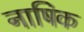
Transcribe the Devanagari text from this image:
नाषिक